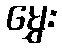
မွှေး